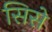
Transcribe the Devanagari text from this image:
सिसे